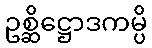
ဥစ္ဆိဋ္ဌောဒကမ္ပိ